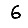
Digit: 6